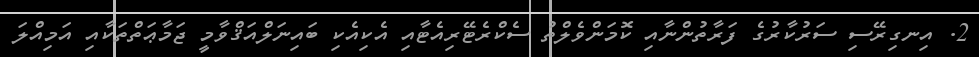
2. އިނގިރޭސި ސަރުކާރުގެ ފަރާތުންނާއި ކޮމަންވެލްތު ސެކްރެޓޭރިއެޓާއި އެކިއެކި ބައިނަލްއަޤްވާމީ ޖަމާޢަތްތަކާއި އަމިއްލަ